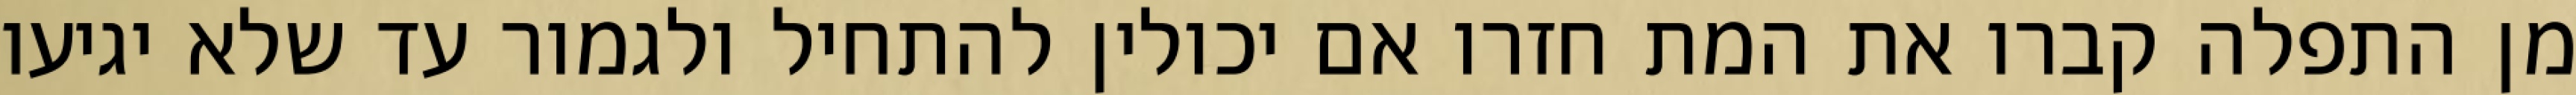
מן התפלה קברו את המת חזרו אם יכולין להתחיל ולגמור עד שלא יגיעו